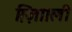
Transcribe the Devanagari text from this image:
ग़्ज़ाािली